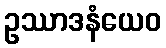
ဥဿာဒနံယေဝ